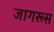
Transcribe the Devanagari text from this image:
जागरूस